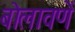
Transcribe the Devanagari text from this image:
बोलावणें